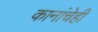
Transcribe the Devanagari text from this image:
कानांचेही